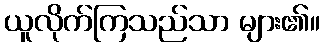
ယူလိုက်ကြသည်သာ များ၏။